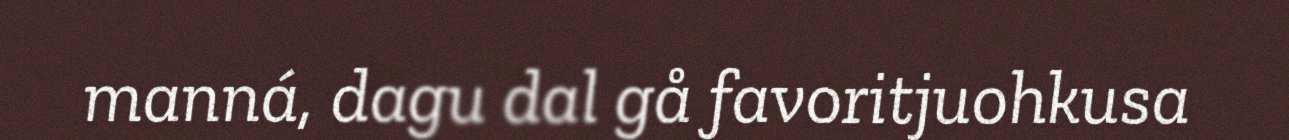
manná, dagu dal gå favoritjuohkusa